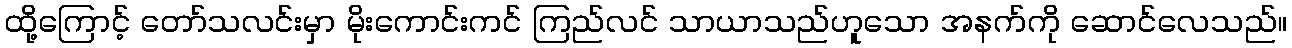
ထို့ကြောင့် တော်သလင်းမှာ မိုးကောင်းကင် ကြည်လင် သာယာသည်ဟူသော အနက်ကို ဆောင်လေသည်။